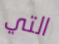
التي